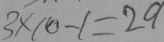
3 \times 1 0 - 1 = 2 9